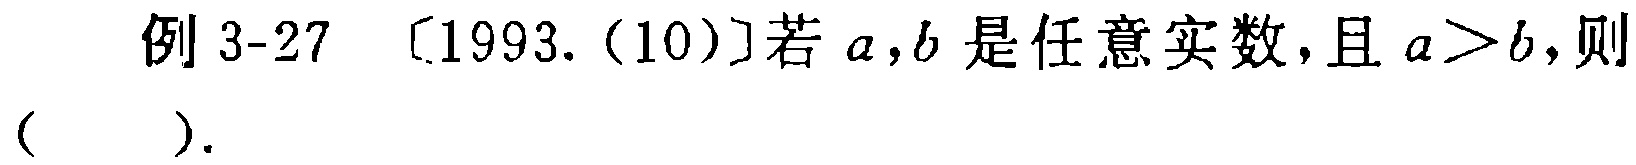
例 3-27 〔1993.(10)〕若 \(a,b\) 是任意实数，且 \(a > b\)，则（  ）.